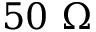
5 0 ~ \Omega